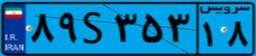
۸۹S۳۵۳۱۸